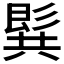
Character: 𪞋